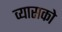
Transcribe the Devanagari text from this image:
व्यासको